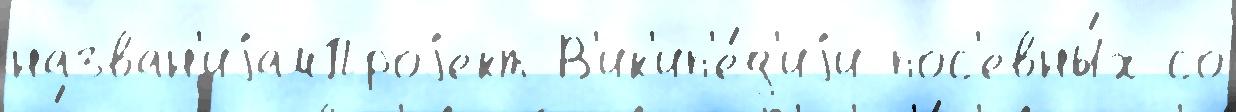
назван'иjамПроjект В'ик'ип'е́д'иjи пос'евны́х со